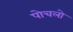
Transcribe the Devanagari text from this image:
पोचलो